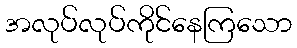
အလုပ်လုပ်ကိုင်နေကြသော